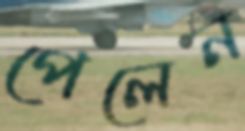
পেলেন